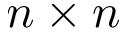
n \times n